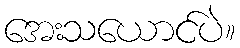
အေးသယောင်ပဲ။